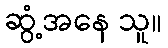
ဆွံ့အနေ သူ။